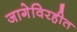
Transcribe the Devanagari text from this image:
जागेविरहीत